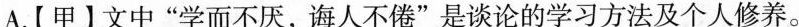
A.[甲】文中”学而不厌，诲人不倦”是谈论的学习方法及个人修养。